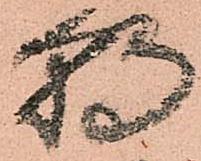
朝